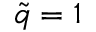
\tilde { q } = 1